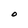
Character: O